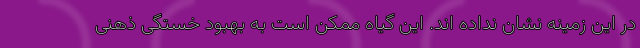
در این زمینه نشان نداده اند. این گیاه ممکن است به بهبود خستگی ذهنی